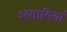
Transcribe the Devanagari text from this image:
असामियां